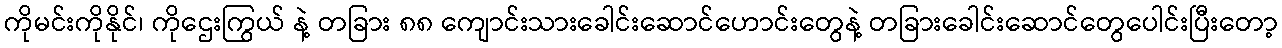
ကိုမင်းကိုနိုင်၊ ကိုဌေးကြွယ် နဲ့ တခြား ၈၈ ကျောင်းသားခေါင်းဆောင်ဟောင်းတွေနဲ့ တခြားခေါင်းဆောင်တွေပေါင်းပြီးတော့